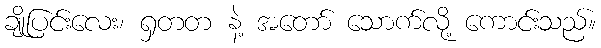
ချိုပြင်းလေး၊ ရှတတ နဲ့ အတော် သောက်လို့ ကောင်းသည်။